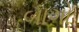
બાગો